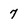
Character: 7